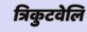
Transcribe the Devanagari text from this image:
त्रिकुटवेलि